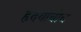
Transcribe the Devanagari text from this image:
हृदयाचीच